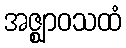
အဇ္ဈာဝသထံ